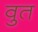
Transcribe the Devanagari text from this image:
वुत